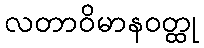
လတာဝိမာနဝတ္ထု